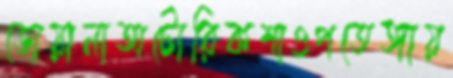
ডোয়ানাঅটোরিকশাওপতেঙ্গায়